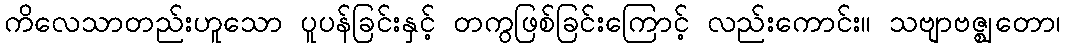
ကိလေသာတည်းဟူသော ပူပန်ခြင်းနှင့် တကွဖြစ်ခြင်းကြောင့် လည်းကောင်း။ သဗျာဗဇ္ဈတော၊